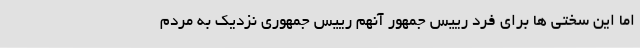
اما این سختی ها برای فرد رییس جمهور آنهم رییس جمهوری نزدیک به مردم